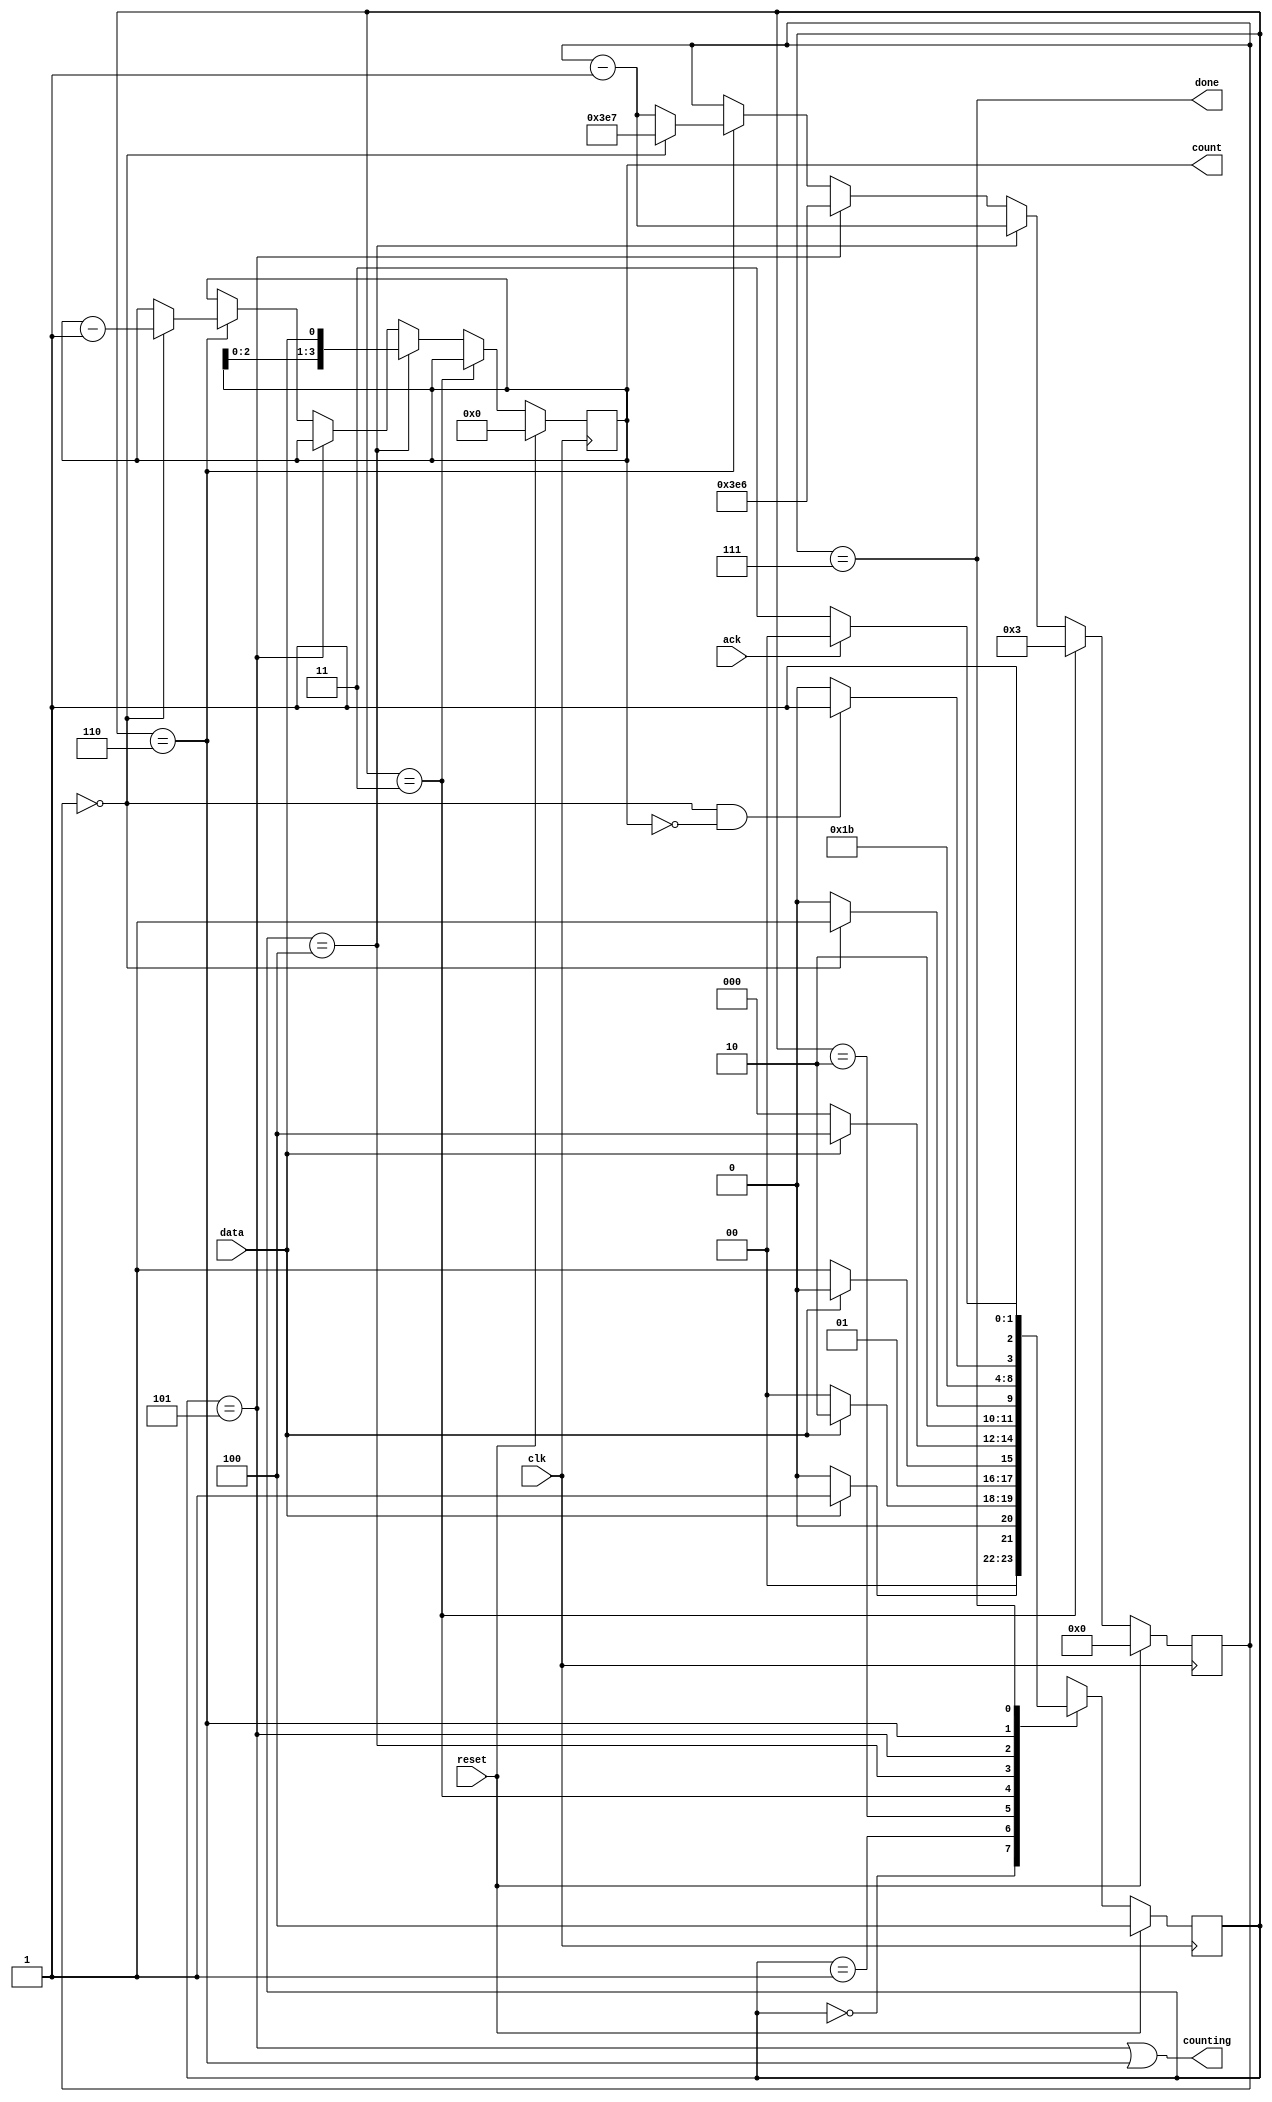
module top_module (
    input clk,
    input reset,      // Synchronous reset
    input data,
    output [3:0] count,
    output counting,
    output done,
    input ack );


    reg[2:0] y, Y;
    reg [11:0] counter;
    reg [3:0] delay;
    parameter S=0, S1=1, S11=2, S110=3;
    parameter A=4, B=5, C=6, D=7;

    always@(*)begin
        case(y)
            S:      Y <= data ? S1 : S;
            S1:     Y <= data ? S11 : S;  
            S11:    Y <= data ? S11 : S110;
            S110:   Y <= data ? A : S;
            A:  Y <= (counter == 12'd0) ? B : A;
            B:  Y <= C;
            C:  Y <= (counter == 12'd0 && delay == 4'b0) ? D : C;
            D:  Y <= ack ? A : D;
        endcase
    end

    always@(posedge clk)begin
        if(reset)begin
            y <= A;
            counter <= 12'd0;
            delay <= 4'b0;
        end
        else begin
            if(y == S110)
                counter = 12'd3;
            else if (y == A) begin
                counter --;
                delay = {delay[2:0], data};
            end
            else if(y == B)
                counter = 12'd999 - 12'd1;
            else if(y == C)begin
                if(counter == 12'd0)begin
                    counter = 12'd999;
                    delay --;
                end
                else
                    counter --;
            end
            y <= Y;
            end
        end

    assign count = delay;
    assign counting = (y == B | y == C);
    assign done = (y == D);

endmodule